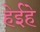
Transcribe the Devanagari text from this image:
हेईहे